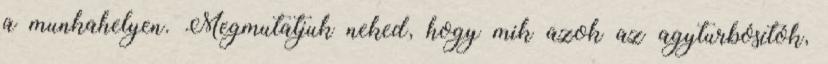
a munkahelyen. Megmutatjuk neked, hogy mik azok az agyturbósítók,